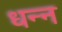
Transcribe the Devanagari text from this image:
धन्न